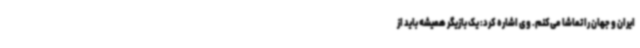
ایران و جهان را تماشا می‌کنم. وی اشاره کرد: یک بازیگر همیشه باید از